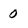
Character: 0